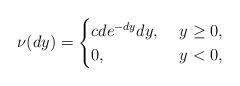
LaTeX: \begin{align*}\nu(dy)=\begin{cases}cde^{-dy}dy, &\ y \ge 0, \\ 0, & \ y<0,\end{cases}\end{align*}